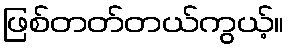
ဖြစ်တတ်တယ်ကွယ့်။